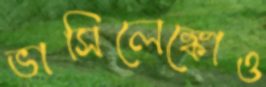
ভাসিলেঙ্কোও